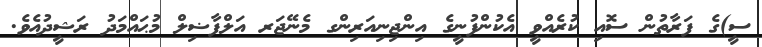
ސީ)ގެ ފަރާތުން ސޮއި ކުރެއްވީ އެކުންފުނީގެ އިންޖިނިއަރިންގ މެނޭޖަރ އަލްފާޟިލް މުޙައްމަދު ރަޝީދުއެވެ.